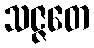
သဇ္ဇတေ